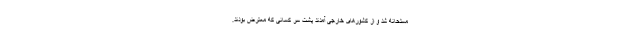
مسلحانه شد و از کشورهای خارجی آمدند پشت سر کسانی که معترض بودند.